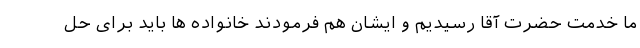
ما خدمت حضرت آقا رسیدیم و ایشان هم فرمودند خانواده ها باید برای حل